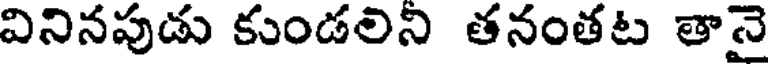
వినినపుడు కుండలిని తనంతట తానై